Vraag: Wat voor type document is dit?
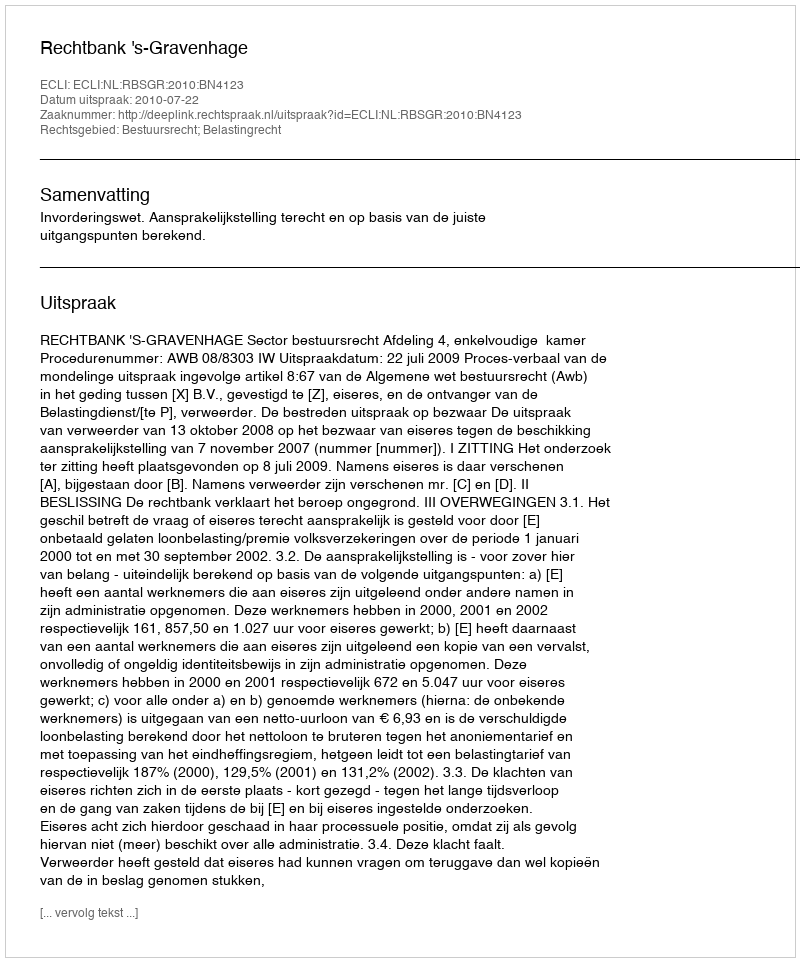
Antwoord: Uitspraak